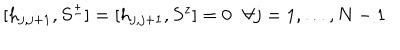
LaTeX: [ h _ { j , j + 1 } , S ^ { \pm } ] = [ h _ { j , j + 1 } , S ^ { z } ] = 0 \ \ \, \forall j = 1 , \ldots , N - 1